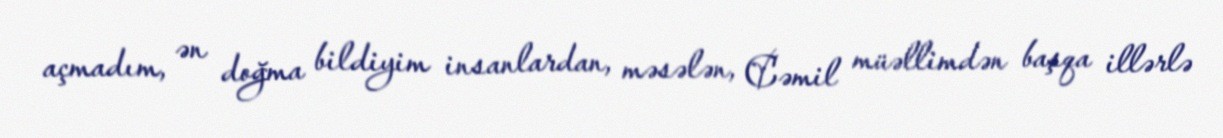
açmadım, ən doğma bildiyim insanlardan, məsələn, Cəmil müəllimdən başqa illərlə